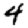
Digit: 4